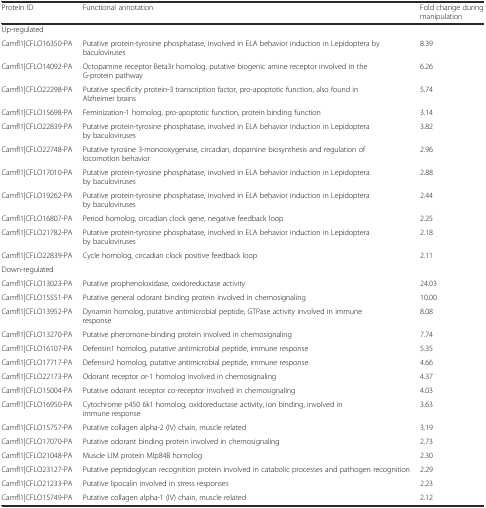
<table><thead><tr><td><b>Protein ID</b></td><td><b>Functional annotation</b></td><td><b>Fold change during manipulation</b></td></tr></thead><tbody><tr><td colspan="3">Up-regulated</td></tr><tr><td>Camfl1|CFLO16350-PA</td><td>Putative protein-tyrosine phosphatase, involved in ELA behavior induction in Lepidoptera by baculoviruses</td><td>8.39</td></tr><tr><td>Camfl1|CFLO14092-PA</td><td>Octopamine receptor Beta3r homolog, putative biogenic amine receptor involved in the G-protein pathway</td><td>6.26</td></tr><tr><td>Camfl1|CFLO22298-PA</td><td>Putative specificity protein-3 transcription factor, pro-apoptotic function, also found in Alzheimer brains</td><td>5.74</td></tr><tr><td>Camfl1|CFLO15698-PA</td><td>Feminization-1 homolog, pro-apoptotic function, protein binding function</td><td>3.14</td></tr><tr><td>Camfl1|CFLO22839-PA</td><td>Putative protein-tyrosine phosphatase, involved in ELA behavior induction in Lepidoptera by baculoviruses</td><td>3.82</td></tr><tr><td>Camfl1|CFLO22748-PA</td><td>Putative tyrosine 3-monooxygenase, circadian, dopamine biosynthesis and regulation of locomotion behavior</td><td>2.96</td></tr><tr><td>Camfl1|CFLO17010-PA</td><td>Putative protein-tyrosine phosphatase, involved in ELA behavior induction in Lepidoptera by baculoviruses</td><td>2.88</td></tr><tr><td>Camfl1|CFLO19262-PA</td><td>Putative protein-tyrosine phosphatase, involved in ELA behavior induction in Lepidoptera by baculoviruses</td><td>2.44</td></tr><tr><td>Camfl1|CFLO16807-PA</td><td>Period homolog, circadian clock gene, negative feedback loop</td><td>2.25</td></tr><tr><td>Camfl1|CFLO21782-PA</td><td>Putative protein-tyrosine phosphatase, involved in ELA behavior induction in Lepidoptera by baculoviruses</td><td>2.18</td></tr><tr><td>Camfl1|CFLO22839-PA</td><td>Cycle homolog, circadian clock positive feedback loop</td><td>2.11</td></tr><tr><td colspan="3">Down-regulated</td></tr><tr><td>Camfl1|CFLO13023-PA</td><td>Putative prophenoloxidase, oxidoreductase activity</td><td>24.03</td></tr><tr><td>Camfl1|CFLO15551-PA</td><td>Putative general odorant binding protein involved in chemosignaling</td><td>10.00</td></tr><tr><td>Camfl1|CFLO13952-PA</td><td>Dynamin homolog, putative antimicrobial peptide, GTPase activity involved in immune response</td><td>8.08</td></tr><tr><td>Camfl1|CFLO13270-PA</td><td>Putative pheromone-binding protein involved in chemosignaling</td><td>7.74</td></tr><tr><td>Camfl1|CFLO16107-PA</td><td>Defensin1 homolog, putative antimicrobial peptide, immune response</td><td>5.35</td></tr><tr><td>Camfl1|CFLO17717-PA</td><td>Defensin2 homolog, putative antimicrobial peptide, immune response</td><td>4.66</td></tr><tr><td>Camfl1|CFLO22173-PA</td><td>Odorant receptor or-1 homolog involved in chemosignaling</td><td>4.37</td></tr><tr><td>Camfl1|CFLO15004-PA</td><td>Putative odorant receptor co-receptor involved in chemosignaling</td><td>4.03</td></tr><tr><td>Camfl1|CFLO16950-PA</td><td>Cytochrome p450 6k1 homolog, oxidoreductase activity, ion binding, involved in immune response</td><td>3.63</td></tr><tr><td>Camfl1|CFLO15757-PA</td><td>Putative collagen alpha-2 (IV) chain, muscle related</td><td>3.19</td></tr><tr><td>Camfl1|CFLO17070-PA</td><td>Putative odorant binding protein involved in chemosignaling</td><td>2.73</td></tr><tr><td>Camfl1|CFLO21048-PA</td><td>Muscle LIM protein Mlp84B homolog</td><td>2.30</td></tr><tr><td>Camfl1|CFLO23127-PA</td><td>Putative peptidoglycan recognition protein involved in catabolic processes and pathogen recognition</td><td>2.29</td></tr><tr><td>Camfl1|CFLO21233-PA</td><td>Putative lipocalin involved in stress responses</td><td>2.23</td></tr><tr><td>Camfl1|CFLO15749-PA</td><td>Putative collagen alpha-1 (IV) chain, muscle related</td><td>2.12</td></tr></tbody></table>